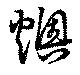
燠